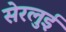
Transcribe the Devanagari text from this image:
सेरलुई